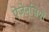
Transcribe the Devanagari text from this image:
ऐजेन्सियों